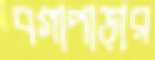
বগাপাড়ার